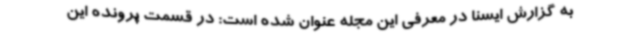
به گزارش ایسنا در معرفی این مجله عنوان شده است: در قسمت پرونده این